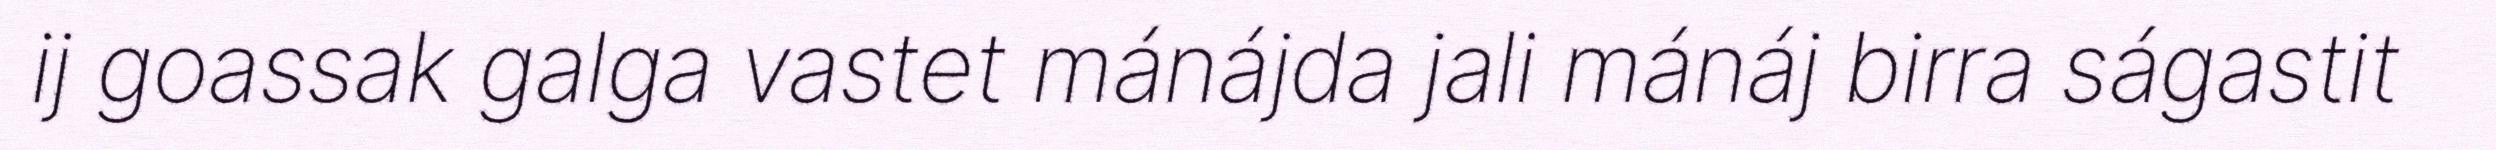
ij goassak galga vastet mánájda jali mánáj birra ságastit